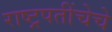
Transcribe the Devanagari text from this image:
राष्ट्रपतींचेचे